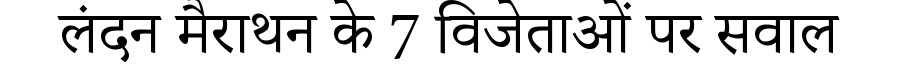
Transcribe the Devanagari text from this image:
लंदन मैराथन के 7 विजेताओं पर सवाल